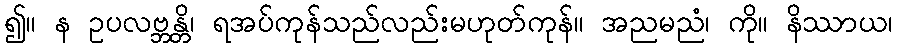
၍။ န ဥပလဗ္ဘန္တိ၊ ရအပ်ကုန်သည်လည်းမဟုတ်ကုန်။ အညမညံ၊ ကို။ နိဿာယ၊